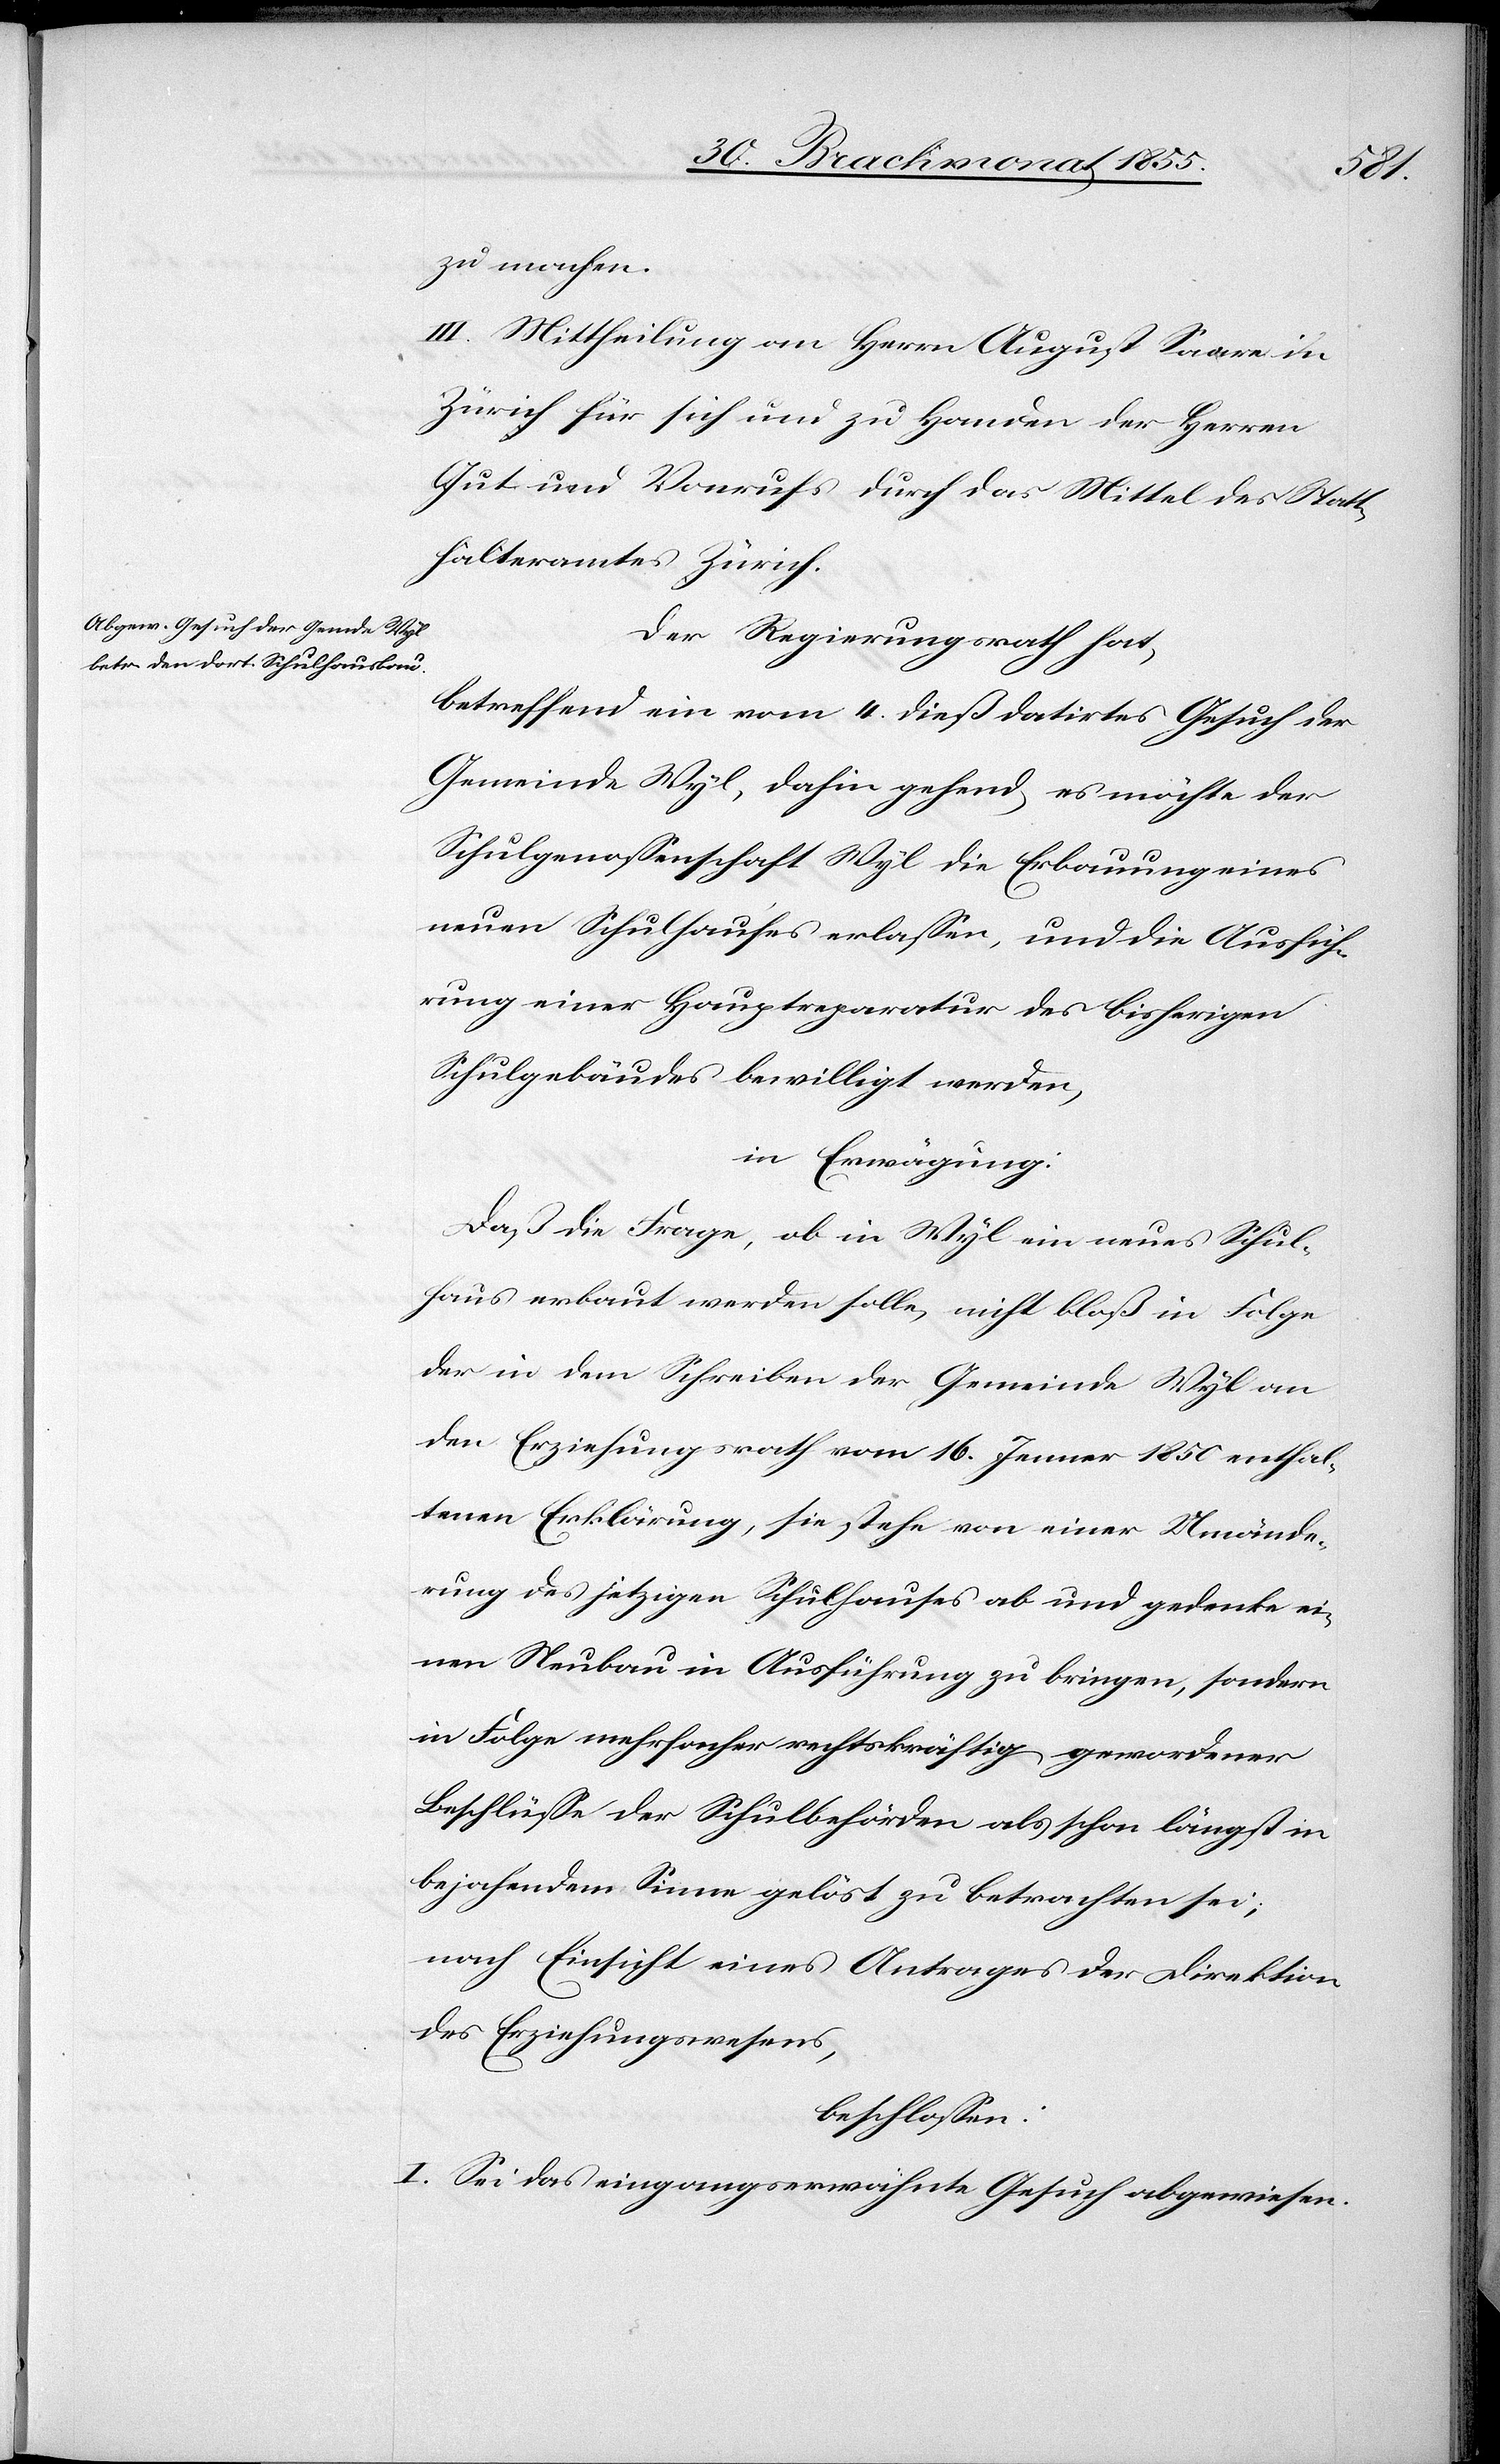
zu machen.
III. Mittheilung an Herrn August Saare in
Zürich für sich und zu Handen der Herren
Gut und Vonrufs [sic!] durch das Mittel des Statt¬
halteramtes Zürich.
Der Regierungsrath hat,
betreffend ein vom 4. dieß datirtes Gesuch der
Gemeinde Wyl, dahin gehend, es möchte der
Schulgenossenschaft Wyl die Erbauung eines
neuen Schulhauses erlassen, und die Ausfüh¬
rung einer Hauptreparatur des bisherigen
Schulgebäudes bewilligt werden,
in Erwägung:
Daß die Frage, ob in Wyl ein neues Schul¬
haus erbaut werden solle, nicht bloß in Folge
der in dem Schreiben der Gemeinde Wyl an
den Erziehungsrath vom 16. Jenner 1850 enthal¬
tenen Erklärung, sie stehe von einer Umände¬
rung des jetzigen Schulhauses ab und gedenke ei¬
nen Neubau in Ausführung zu bringen, sondern
in Folge mehrfacher rechtskräftig gewordener
Beschlüsse der Schulbehörden als schon längst in
bejahendem Sinne gelöst zu betrachten sei;
nach Einsicht eines Antrages der Direktion
des Erziehungswesens,
beschlossen:
I. Sei das eingangserwähnte Gesuch abgewiesen.